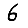
Digit: 6